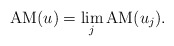
\begin{align*}\textup{AM}(u)= \lim_j \textup{AM}(u_j).\end{align*}